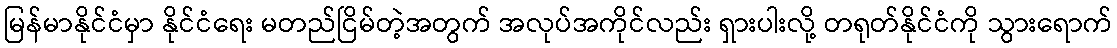
မြန်မာနိုင်ငံမှာ နိုင်ငံရေး မတည်ငြိမ်တဲ့အတွက် အလုပ်အကိုင်လည်း ရှားပါးလို့ တရုတ်နိုင်ငံကို သွားရောက်